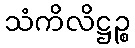
သံကိလိဋ္ဌဉ္စ